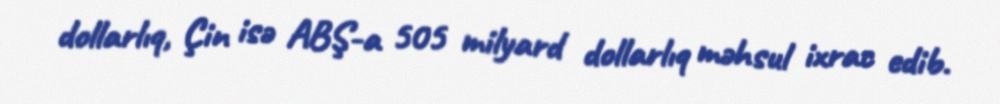
dollarlıq, Çin isə ABŞ-a 505 milyard dollarlıq məhsul ixrac edib.